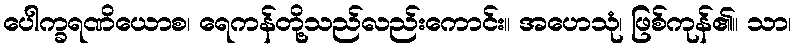
ပေါက္ခရဏိယောစ၊ ရေကန်တို့သည်လည်းကောင်း။ အဟေသုံ၊ ဖြစ်ကုန်၏။ သာ၊